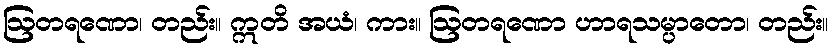
ဩတရဏော၊ တည်း။ ဣတိ အယံ၊ ကား။ ဩတရဏော ဟာရသမ္ပာတော၊ တည်း။